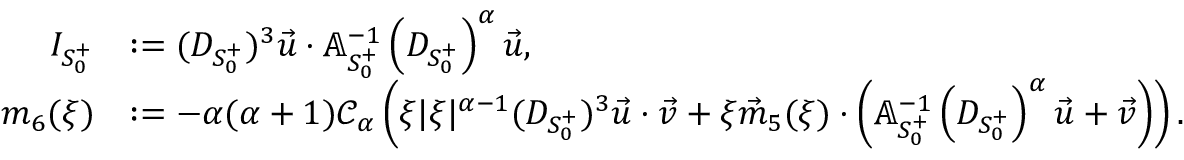
\begin{array} { r l } { I _ { S _ { 0 } ^ { + } } } & { : = ( D _ { S _ { 0 } ^ { + } } ) ^ { 3 } \vec { u } \cdot \mathbb { A } _ { S _ { 0 } ^ { + } } ^ { - 1 } \left( D _ { S _ { 0 } ^ { + } } \right) ^ { \alpha } \vec { u } , } \\ { m _ { 6 } ( \xi ) } & { : = - { \alpha ( \alpha + 1 ) \mathcal { C } _ { \alpha } } \left( \xi | \xi | ^ { \alpha - 1 } ( D _ { S _ { 0 } ^ { + } } ) ^ { 3 } \vec { u } \cdot \vec { v } + \xi \vec { m } _ { 5 } ( \xi ) \cdot \left( \mathbb { A } _ { S _ { 0 } ^ { + } } ^ { - 1 } \left( D _ { S _ { 0 } ^ { + } } \right) ^ { \alpha } \vec { u } + \vec { v } \right) \right) . } \end{array}